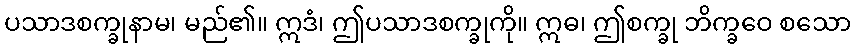
ပသာဒစက္ခုနာမ၊ မည်၏။ ဣဒံ၊ ဤပသာဒစက္ခုကို။ ဣဓ၊ ဤစက္ခု ဘိက္ခဝေ စသော